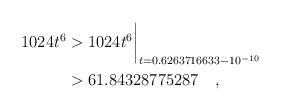
\begin{align*}1024t^6 & > 1024t^6\biggr\rvert_{t=0.6263716633 - 10^{-10}} \\& > 61.84328775287 \quad, \end{align*}